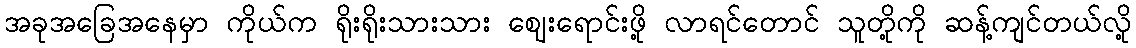
အခုအခြေအနေမှာ ကိုယ်က ရိုးရိုးသားသား ဈေးရောင်းဖို့ လာရင်တောင် သူတို့ကို ဆန့်ကျင်တယ်လို့